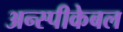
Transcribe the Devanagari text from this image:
अन्स्पीकेबल